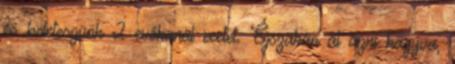
és beleteszünk 2 evőkanál ecetet. Éjszakán át ázni hagyva,